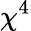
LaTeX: \chi^{4}